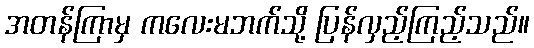
အတန်ကြာမှ ကလေးမဘက်သို့ ပြန်လှည့်ကြည့်သည်။